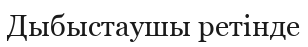
Дыбыстаушы ретінде